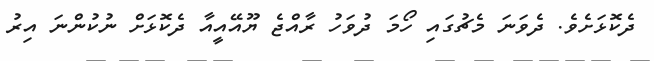
ދެކޮޅަށެވެ. ދެވަނަ މެޗުގައި ހޯމަ ދުވަހު ރާއްޖެ ޔޫއޭއީއާ ދެކޮޅަށް ނުކުންނަ އިރު